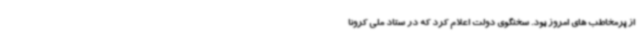
از پرمخاطب های امروز بود. سخنگوی دولت اعلام کرد که در ستاد ملی کرونا